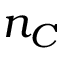
n _ { C }